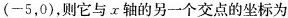
( -5，0 )，则它与 x 轴的另一个交点的坐标为